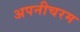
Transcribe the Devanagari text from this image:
अपनीचरम